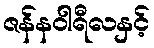
ဇန်နဝါရီလနှင့်